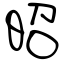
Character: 昭